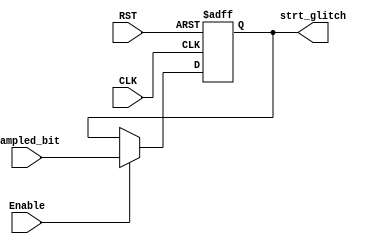
module strt_chk (
 input   wire                  CLK,
 input   wire                  RST,
 input   wire                  sampled_bit,
 input   wire                  Enable, 
 output  reg                   strt_glitch
);

 
              
// error check
always @ (posedge CLK or negedge RST)
 begin
  if(!RST)
   begin
    strt_glitch <= 'b0 ;
   end
  else if(Enable)
   begin
    strt_glitch <= sampled_bit ;
   end
 end
 

 
endmodule